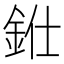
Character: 𨦁